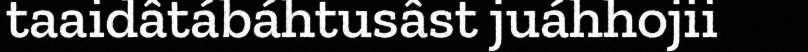
taaidâtábáhtusâst juáhhojii